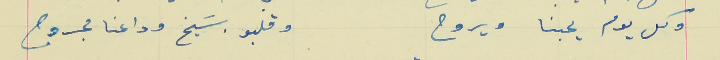
وكل يوم يحبنا ويروح                                                     وقلبو بسَيخ وداعنا مجروح